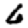
Digit: 6